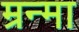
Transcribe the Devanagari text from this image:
म्रन्मा